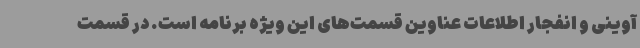
آوینی و انفجار اطلاعات عناوین قسمت‌های این ویژه برنامه است. در قسمت